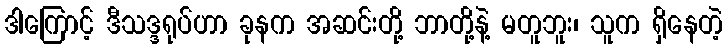
ဒါကြောင့် ဒီသဒ္ဒရုပ်ဟာ ခုနက အဆင်းတို့ ဘာတို့နဲ့ မတူဘူး၊ သူက ရှိနေတဲ့